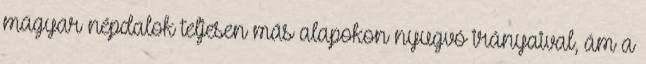
magyar népdalok teljesen más alapokon nyugvó irányaival, ám a